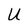
Character: U